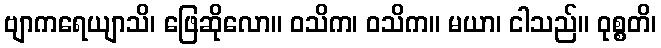
ဗျာကရေယျာသိ၊ ဖြေဆိုလော။ ဝသိက၊ ဝသိက။ မယာ၊ ငါသည်။ ဝုစ္စတိ၊